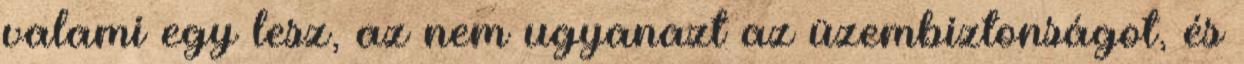
valami egy lesz, az nem ugyanazt az üzembiztonságot, és